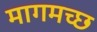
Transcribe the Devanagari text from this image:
मागमच्छ